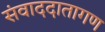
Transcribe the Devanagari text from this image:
संवाददातागण